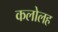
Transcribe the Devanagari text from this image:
कलोलह